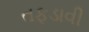
તફડાવી